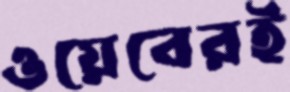
ওয়েবেরই